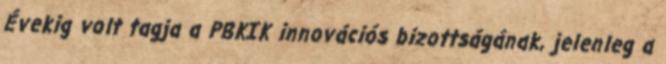
Évekig volt tagja a PBKIK innovációs bizottságának, jelenleg a